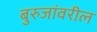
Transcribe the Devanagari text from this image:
बुरुजांवरील